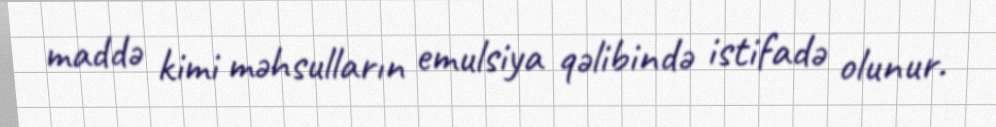
maddə kimi məhsulların emulsiya qəlibində istifadə olunur.